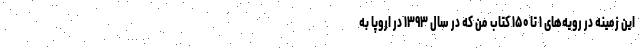
این زمینه در رویه‌های ۱ تا ۱۵۰ کتاب من که در سال ۱۳۹۳ در اروپا به